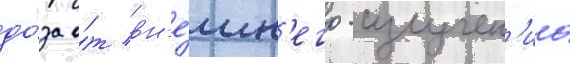
до́за о́т вн'е́шн'его -излучен'иа